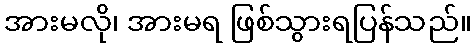
အားမလို၊ အားမရ ဖြစ်သွားရပြန်သည်။